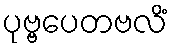
ပုဗ္ဗပေတဗလိံ